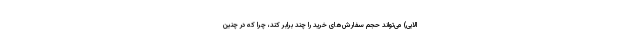
الایی) می‌تواند حجم سفارش‌های خرید را چند برابر کند، چرا که در چنین